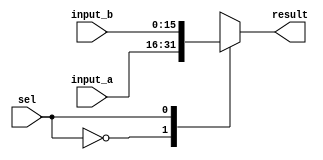
module mux2_to_1(input_a,input_b,sel,result);

input [15:0] input_a;
input [15:0] input_b;
input sel;

output [15:0] result;
reg    [15:0] result;

always@(*)
begin
	case(sel)
	0:begin result <= input_a; end
	1:begin result <= input_b; end
	default: begin result <= 16'b0; end
	endcase
end

endmodule